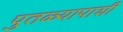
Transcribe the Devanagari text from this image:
पुतळ्यापाशी